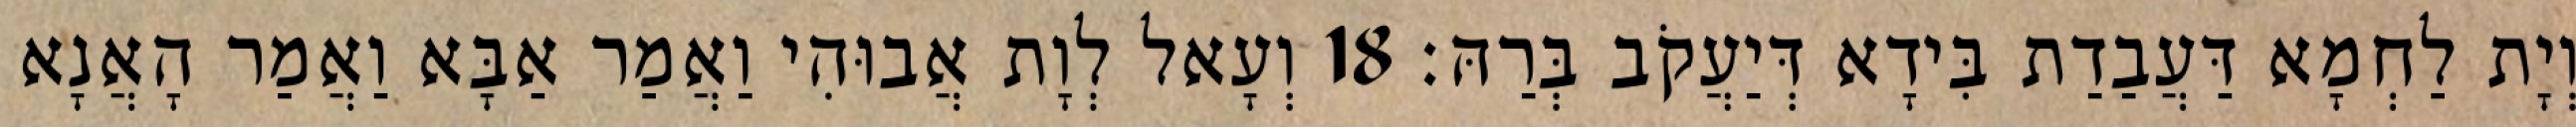
וְיָת לַחְמָא דַּעֲבַדַת בִּידָא דְּיַעֲקֹב בְּרַהּ׃ 18 וְעָאל לְוָת אֲבוּהִי וַאֲמַר אַבָּא וַאֲמַר הָאֲנָא